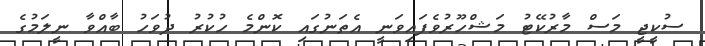
ސުކީޖީ މަސް މާރުކޭޓު މަޝްހޫރުވެފައިވަނީ އެތަނުގައި ކޮންމެ ހުކުރު ދުވަހު ބާއްވާ ނީލަމުގެ